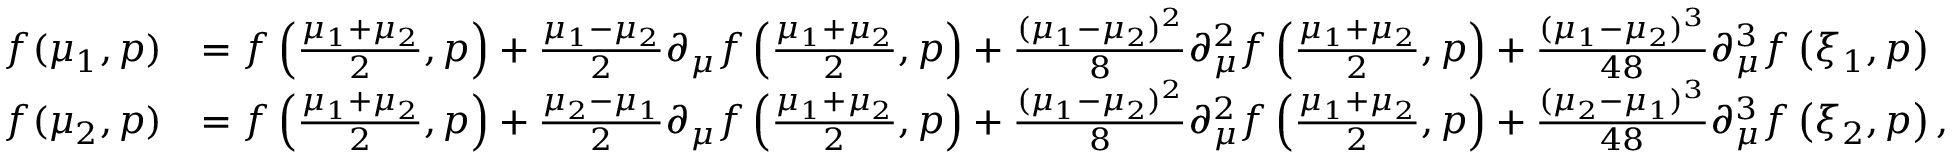
\begin{array} { r l } { f ( \mu _ { 1 } , p ) } & { = f \left( \frac { \mu _ { 1 } + \mu _ { 2 } } { 2 } , p \right) + \frac { \mu _ { 1 } - \mu _ { 2 } } { 2 } \partial _ { \mu } f \left( \frac { \mu _ { 1 } + \mu _ { 2 } } { 2 } , p \right) + \frac { ( \mu _ { 1 } - \mu _ { 2 } ) ^ { 2 } } { 8 } \partial _ { \mu } ^ { 2 } f \left( \frac { \mu _ { 1 } + \mu _ { 2 } } { 2 } , p \right) + \frac { ( \mu _ { 1 } - \mu _ { 2 } ) ^ { 3 } } { 4 8 } \partial _ { \mu } ^ { 3 } f \left( \xi _ { 1 } , p \right) } \\ { f ( \mu _ { 2 } , p ) } & { = f \left( \frac { \mu _ { 1 } + \mu _ { 2 } } { 2 } , p \right) + \frac { \mu _ { 2 } - \mu _ { 1 } } { 2 } \partial _ { \mu } f \left( \frac { \mu _ { 1 } + \mu _ { 2 } } { 2 } , p \right) + \frac { ( \mu _ { 1 } - \mu _ { 2 } ) ^ { 2 } } { 8 } \partial _ { \mu } ^ { 2 } f \left( \frac { \mu _ { 1 } + \mu _ { 2 } } { 2 } , p \right) + \frac { ( \mu _ { 2 } - \mu _ { 1 } ) ^ { 3 } } { 4 8 } \partial _ { \mu } ^ { 3 } f \left( \xi _ { 2 } , p \right) , } \end{array}